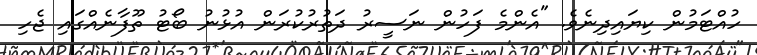
ހުއްޓަމުން ކިޔައިދިނެވެ. "އެންމެ ފަހުން ނަސީރު ދަތުރުކުރަން އުޅުނު ބޯޓު ތޫފާނެއްގައި ޖެހި